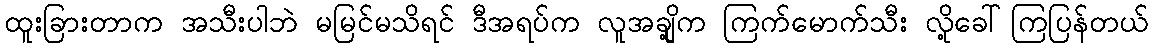
ထူးခြားတာက အသီးပါဘဲ မမြင်မသိရင် ဒီအရပ်က လူအချို့က ကြက်မောက်သီး လို့ခေါ်ကြပြန်တယ်